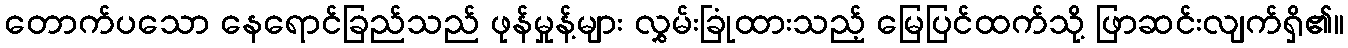
တောက်ပသော နေရောင်ခြည်သည် ဖုန်မှုန့်များ လွှမ်းခြုံထားသည့် မြေပြင်ထက်သို့ ဖြာဆင်းလျက်ရှိ၏။